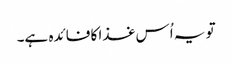
تو یہ اُس غذا کا فائدہ ہے۔